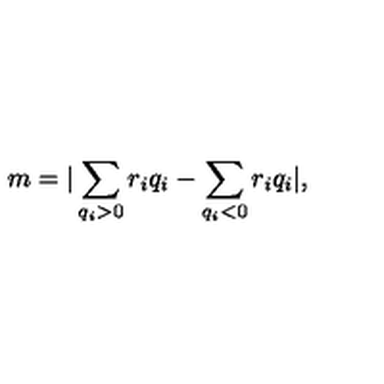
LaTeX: m = | \sum _ { q _ { i } > 0 } r _ { i } q _ { i } - \sum _ { q _ { i } < 0 } r _ { i } q _ { i } | ,